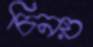
চিনয়